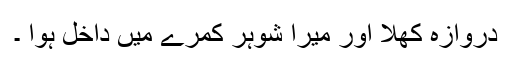
دروازہ کھلا اور میرا شوہر کمرے میں داخل ہوا ۔